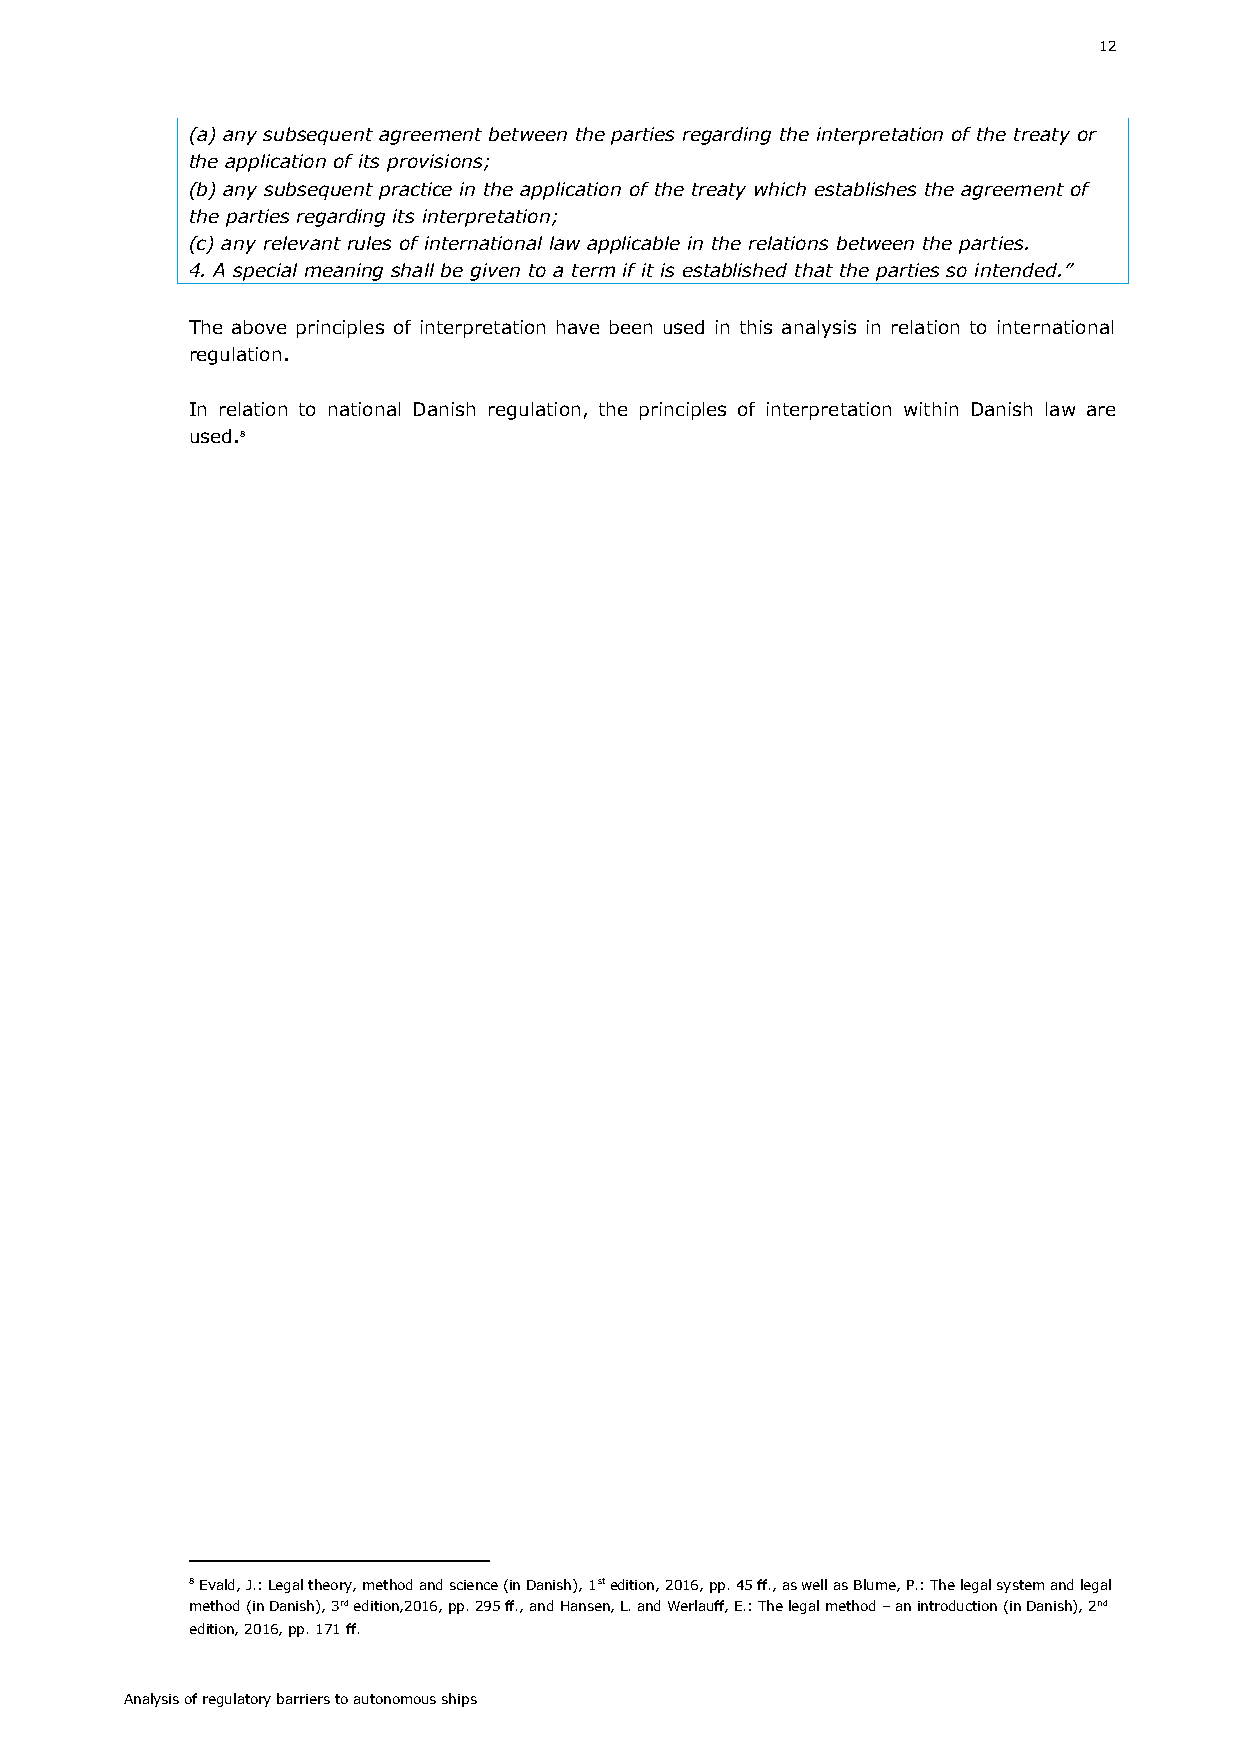
12
 (a) any subsequent agreement between the parties regarding the interpretation of the treaty or
 the application of its provisions;
 (b) any subsequent practice in the application of the treaty which establishes the agreement of
 the parties regarding its interpretation;
 (c) any relevant rules of international law applicable in the relations between the parties.
 4. A special meaning shall be given to a term if it is established that the parties so intended.”
 The above principles of interpretation have been used in this analysis in relation to international
 regulation.
 In relation to national Danish regulation, the principles of interpretation within Danish law are
 used.8
 8 Evald, J.: Legal theory, method and science (in Danish), 1st edition, 2016, pp. 45 ff., as well as Blume, P.: The legal system and legal
 method (in Danish), 3rd edition,2016, pp. 295 ff., and Hansen, L. and Werlauff, E.: The legal method – an introduction (in Danish), 2nd
 edition, 2016, pp. 171 ff.
 Analysis of regulatory barriers to autonomous ships